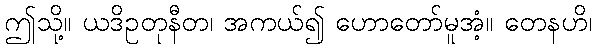
ဤသို့။ ယဒိဥတုနီတ၊ အကယ်၍ ဟောတော်မူအံ့။ တေနဟိ၊